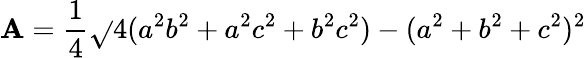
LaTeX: \mathbf{A}={\frac{{1}}{{4}}}{\sqrt{}{{4(a^{2}b^{2}+a^{2}c^{2}+b^{2}c^{2})-(a^{2}+b^{2}+c^{2})^{2}}}}